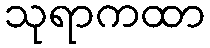
သုရာကထာ